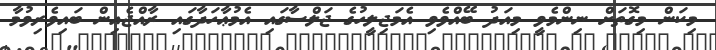
މިކަން މިގޮތަށް ނިންމެވީ މިއަދު ބޭއްވެވި އެމަޖިލީހުގެ ޖަލްސާގައި އެމުޢާހަދާގައި ރާއްޖެއިން ބައިވެރިވުމާ